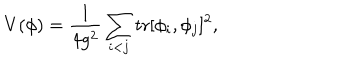
V ( \phi ) = \frac { 1 } { 4 g ^ { 2 } } \sum _ { i < j } \mathrm { t r } [ \phi _ { i } , \phi _ { j } ] ^ { 2 } ,